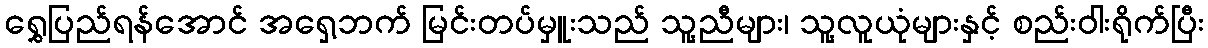
ရွှေပြည်ရန်အောင် အရှေ့ဘက် မြင်းတပ်မှူးသည် သူ့ညီများ၊ သူ့လူယုံများနှင့် စည်းဝါးရိုက်ပြီး